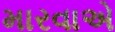
મારવાએ